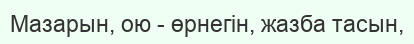
Мазарын, ою - өрнегiн, жазба тасын,